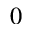
0